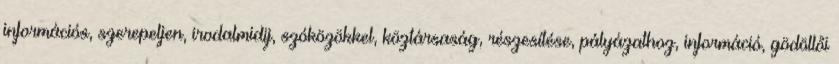
információs, szerepeljen, irodalmidij, szóközökkel, köztársaság, részesítése, pályázathoz, információ, gödöllői